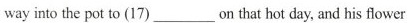
way into the pot to (17) ___ on that hot day, and his flower